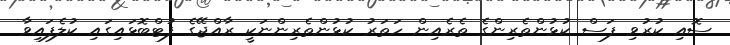
ސޮއި ކުރުވި ފަސް ކުޅުންތެރިންގެ ތެރެއިން ހަތަރު ކުޅުންތެރިންނަކީ ރާއްޖޭގެ ފުޓްބޮޅައިގައި ކުލެފައިވާ